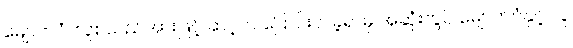
မျောက်ဝံ၊ လူစသည်အားဖြင့် ဆင့်ကဲ ပြောင်းလဲခဲ့ရာမှ အဆုံးတွင် မျောက်ဝံနှင့် လူ